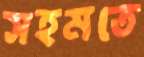
সহমতে